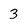
Character: 3